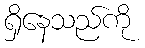
ရှိနေသည်ကို